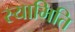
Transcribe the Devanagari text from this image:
स्यामिति